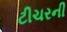
ટીચરની